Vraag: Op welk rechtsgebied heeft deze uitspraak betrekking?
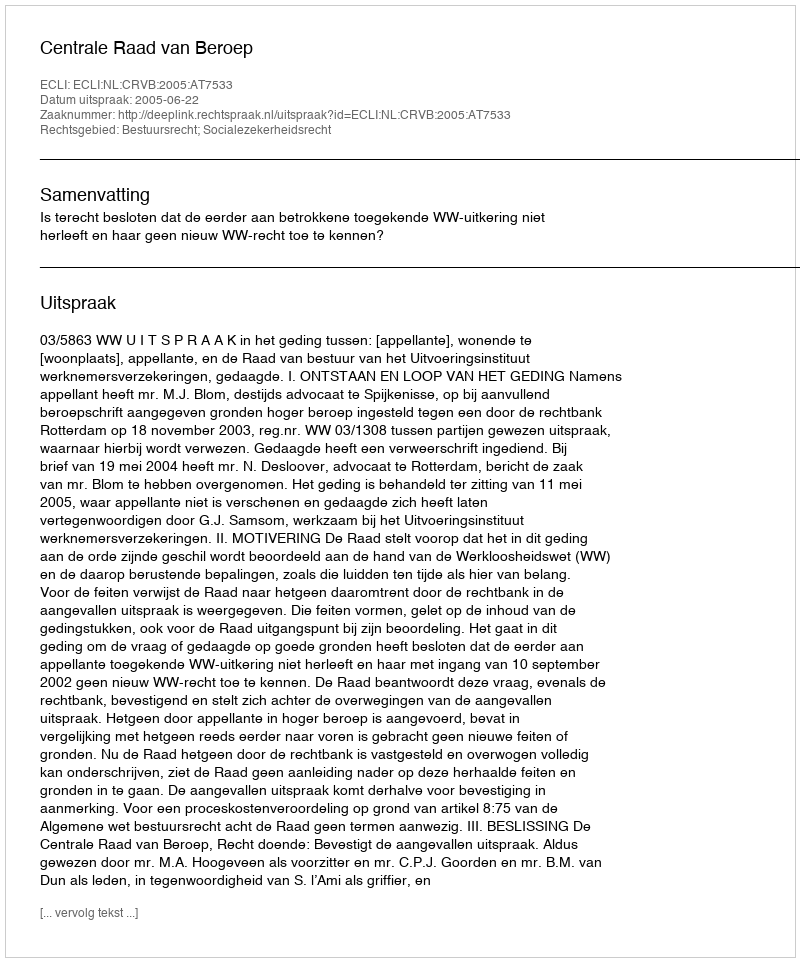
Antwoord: Bestuursrecht; Socialezekerheidsrecht